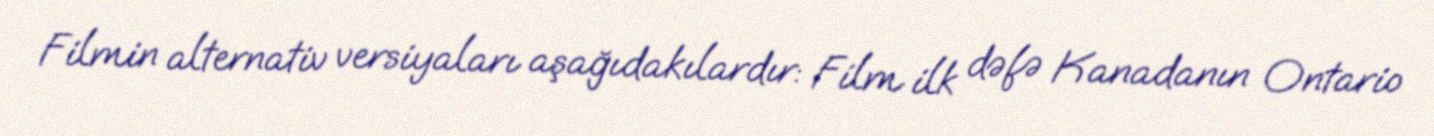
Filmin alternativ versiyaları aşağıdakılardır: Film ilk dəfə Kanadanın Ontario